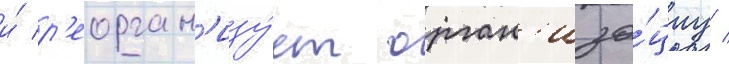
и́ р'еорган'изу́ет орган'иза́циу /